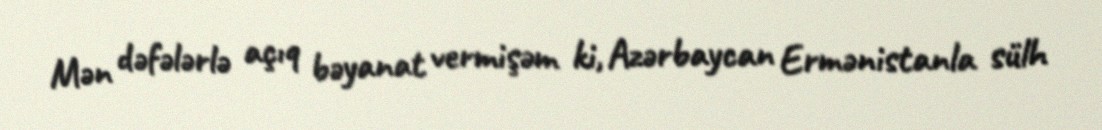
Mən dəfələrlə açıq bəyanat vermişəm ki, Azərbaycan Ermənistanla sülh